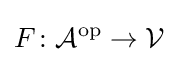
F\colon {\mathcal {A}}^{\mathrm {op} }\to {\mathcal {V}}